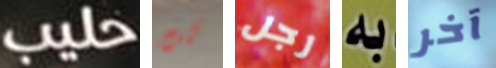
حليب كنت رجل به آخر